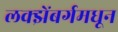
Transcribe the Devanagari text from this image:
लक्झेंबर्गमधून